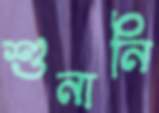
শুনানি